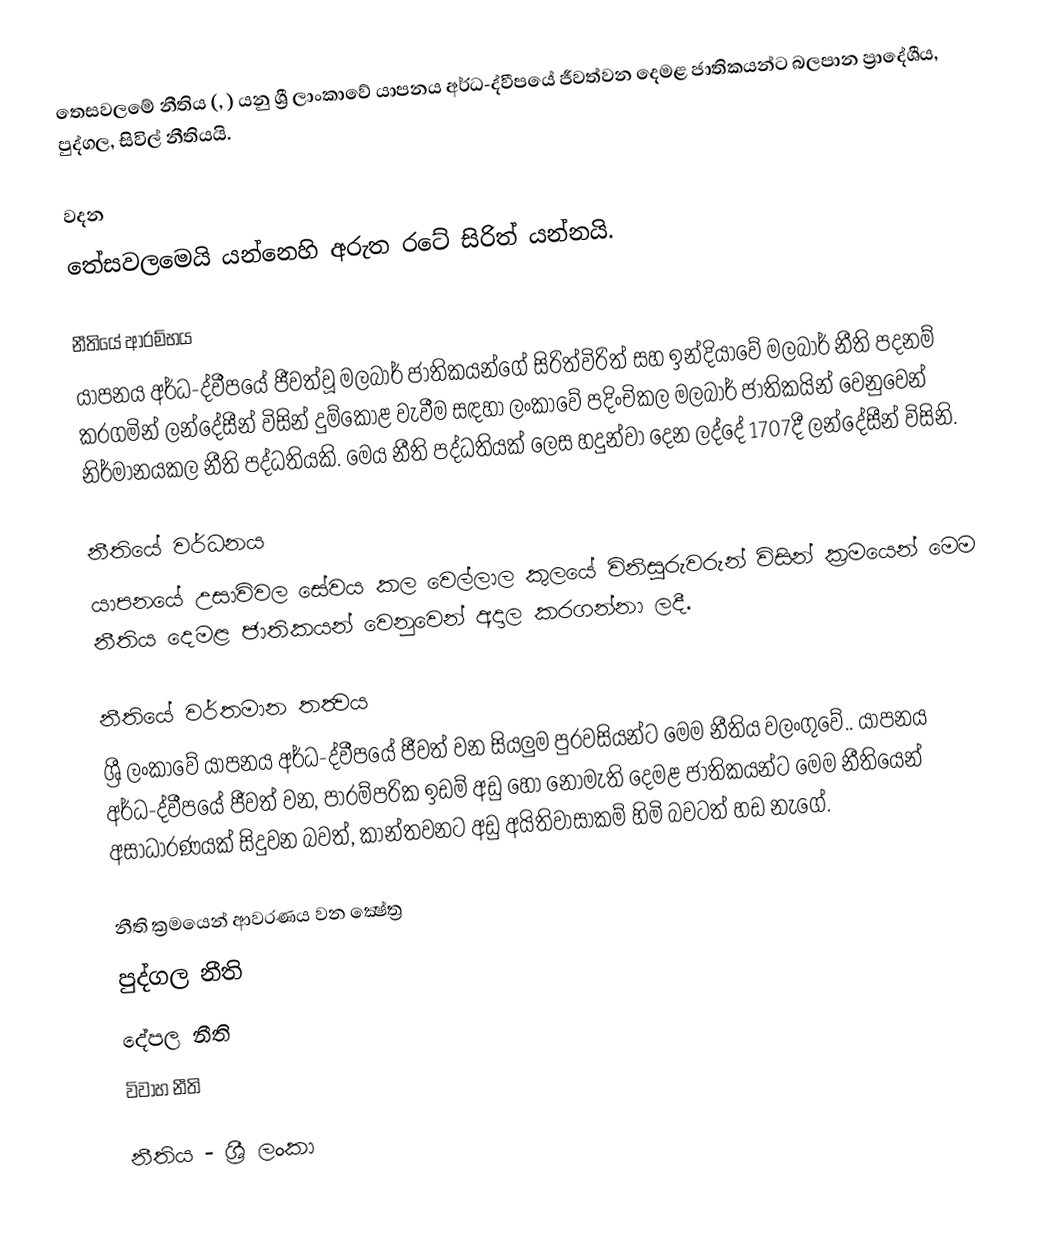
තෙසවලමේ නීතිය (, ) යනු ශ්‍රී ලාංකාවේ යාපනය අර්ධ-ද්වීපයේ ජීවත්වන දෙමළ ජාතිකයන්ට බලපාන ප්‍රාදේශීය, පුද්ගල, සිවිල් නීතියයි.

වදන
තේසවලමෙයි යන්නෙහි අරුත රටේ සිරිත් යන්නයි.

නීතියේ ආරම්භය
යාපනය අර්ධ-ද්වීපයේ ජීවත්වූ මලබාර් ජාතිකයන්ගේ සිරිත්විරිත් සහ ඉන්දියාවේ මලබාර් නීති පදනම් කරගමින් ලන්දේසීන් විසින් දුම්කොළ වැවීම සඳහා ලංකාවේ  පදිංචිකල මලබාර් ජාතිකයින් වෙනුවෙන් නිර්මානයකල  නීති පද්ධතියකි. මෙය නීති පද්ධතියක් ලෙස හදුන්වා දෙන ලද්දේ 1707දී ලන්දේසීන් විසිනි.

නීතියේ වර්ධනය
යාපනයේ උසාවිවල සේවය කල වෙල්ලාල කුලයේ විනිසුරුවරුන් විසින් ක්‍රමයෙන් මෙම නීතිය දෙමළ ජාතිකයන් වෙනුවෙන් අදාල කරගන්නා ලදී.

නීතියේ වර්තමාන තත්‍වය
ශ්‍රී ලංකාවේ යාපනය අර්ධ-ද්වීපයේ ජීවත් වන සියලුම පුරවසියන්ට මෙම නීතිය වලංගුවේ.. යාපනය අර්ධ-ද්වීපයේ ජීවත් වන, පාරම්පරික ඉඩම් අඩු හෝ නොමැති දෙමළ ජාතිකයන්ට මෙම නීතියෙන් අසාධාරණයක් සිදුවන බවත්, කාන්තවනට අඩු අයිතිවාසාකම් හිමි බවටත් හඩ නැගේ.

නීති ක්‍රමයෙන් ආවරණය වන ක්‍ෂේත්‍ර
 පුද්ගල නීති
 දේපල නීති
 විවාහ නීති

නීතිය - ශ්‍රී ලංකා